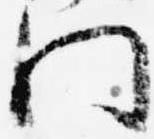
門